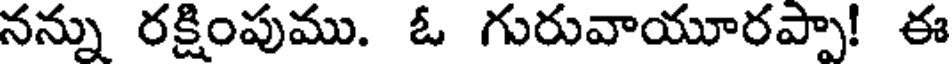
నన్ను రక్షింపుము. ఓ గురువాయూరప్పా! ఈ